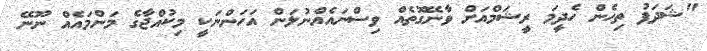
"ޝަދަފު ތިހެން ހެދީމަ ރީޝަމްއަށް ވާނޭގޮތެއް ވިސްނައެއްނުލަން އަހަންނަކީ މިކުއްޖާގެ މަންމައެއް ނޫނޭ